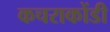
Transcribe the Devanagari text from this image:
कचराकोंडी